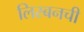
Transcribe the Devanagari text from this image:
लिस्बनची